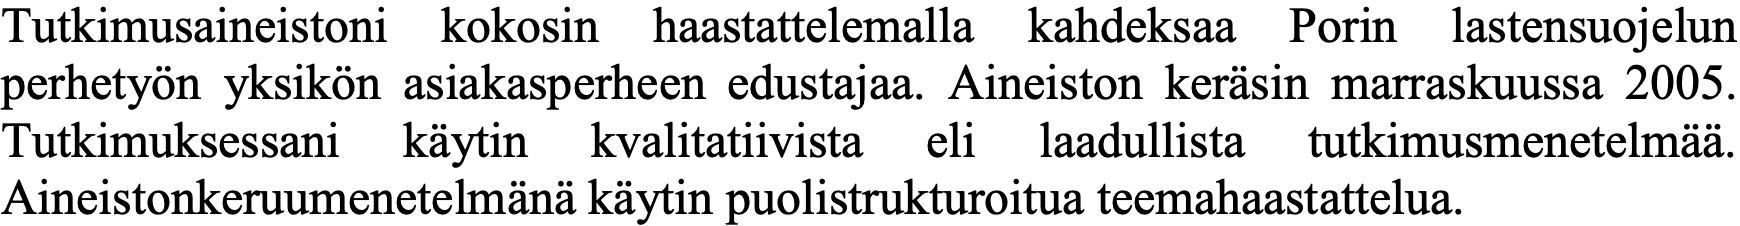
Tutkimusaineistoni kokosin haastattelemalla kahdeksaa Porin lastensuojelun perhetyön yksikön asiakasperheen edustajaa. Aineiston keräsin marraskuussa 2005. Tutkimuksessani käytin kvalitatiivista eli laadullista tutkimusmenetelmää. Aineistonkeruumenetelmänä käytin puolistrukturoitua teemahaastattelua.